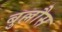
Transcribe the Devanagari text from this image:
बुल्लौस